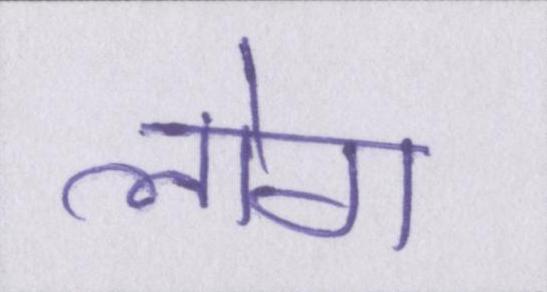
लोग